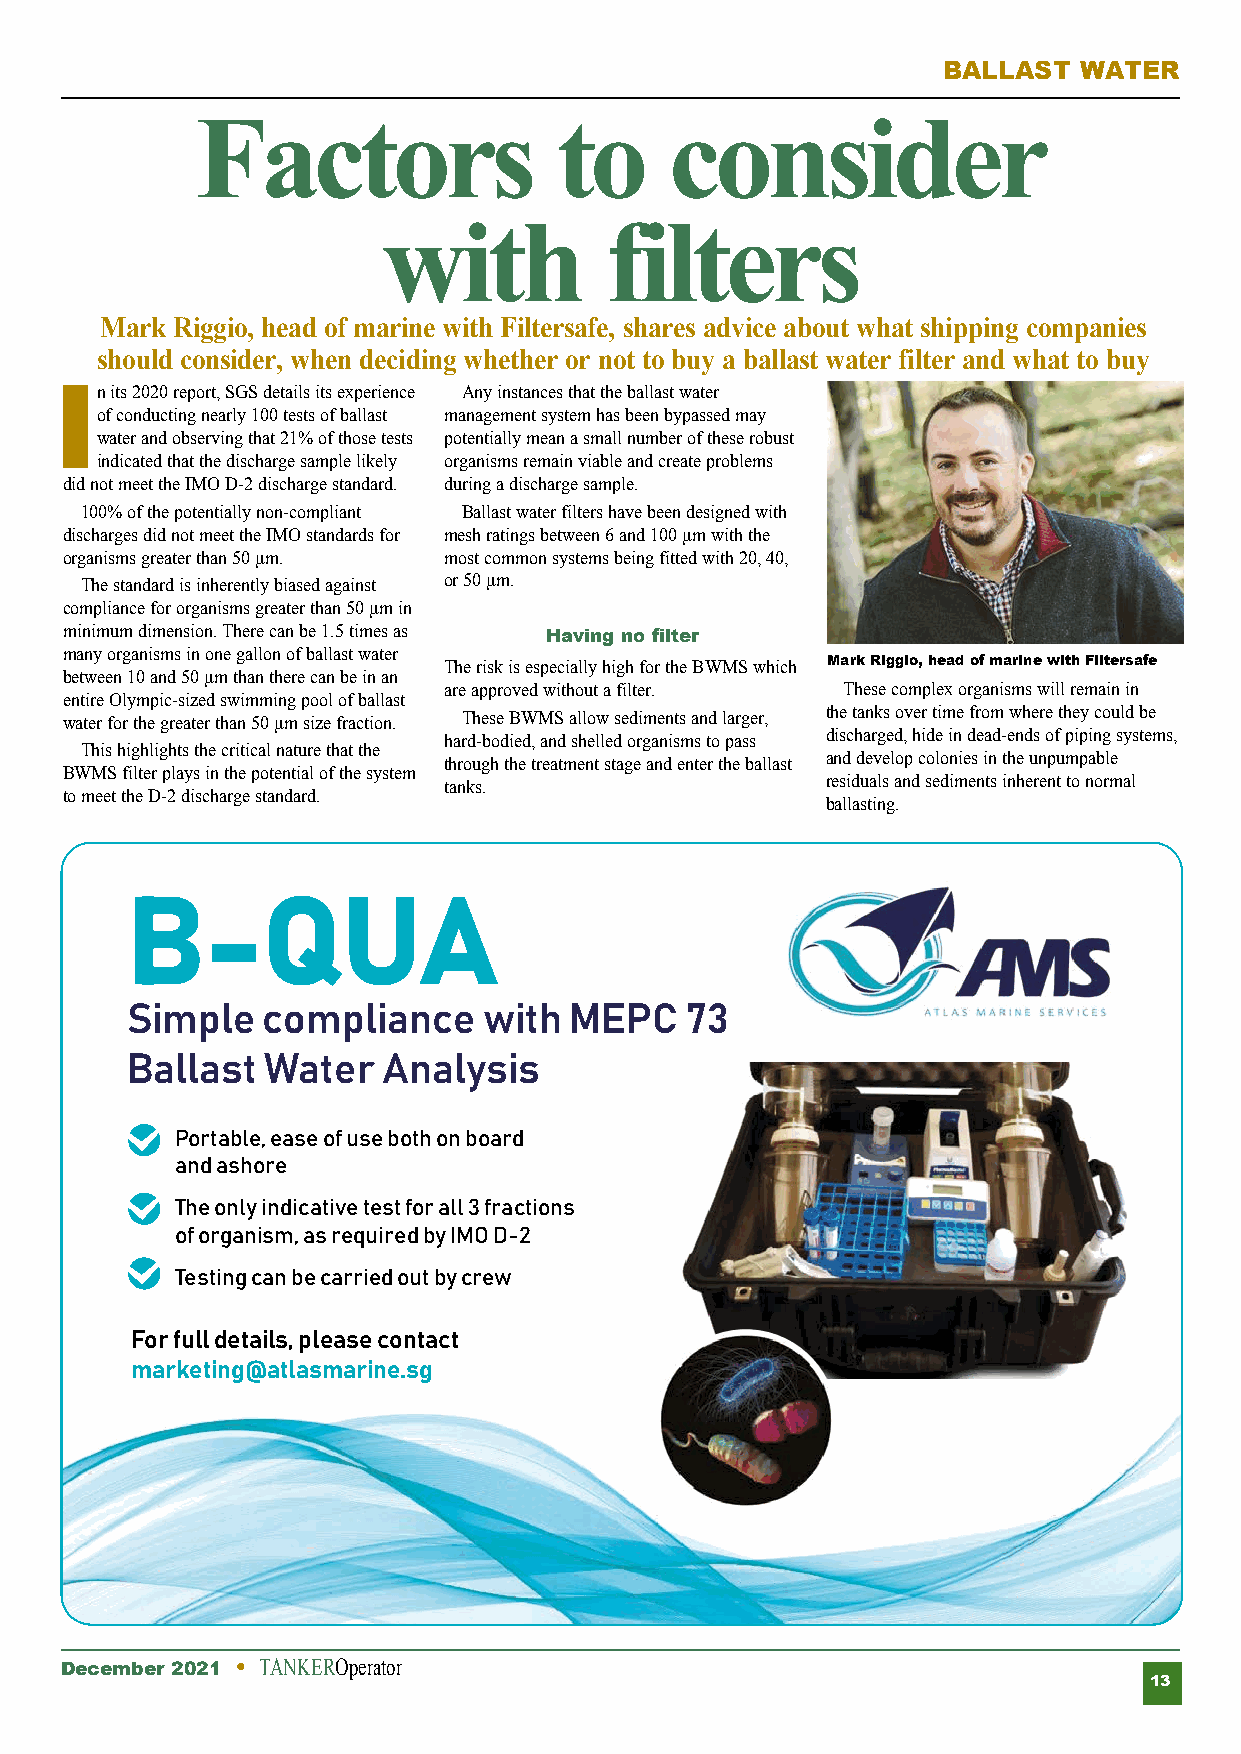
BALLAST  WATER
 Factors                 to     consider
 with           filters
 Mark Riggio, head of marine with Filtersafe, shares advice about what shipping companies
 should consider, when deciding whether or not to buy a ballast water filter and what to buy
 In its 2020 report, SGS details its experience Any instances that the ballast water
 of conducting nearly 100 tests of ballast management system has been bypassed may
 water and observing that 21% of those tests potentially mean a small number of these robust
 indicated that the discharge sample likely organisms remain viable and create problems
 did not meet the IMO D-2 discharge standard. during a discharge sample.
 100% of the potentially non-compliant Ballast water filters have been designed with
 discharges did not meet the IMO standards for mesh ratings between 6 and 100 μm with the
 organisms greater than 50 μm. most common systems being fitted with 20, 40,
 The standard is inherently biased against or 50 μm.
 compliance for organisms greater than 50 μm in
 minimum dimension. There can be 1.5 times as Having no filter
 many organisms in one gallon of ballast water
 The risk is especially high for the BWMS which Mark Riggio, head of marine with Filtersafe
 between 10 and 50 μm than there can be in an
 are approved without a filter. These complex organisms will remain in
 entire Olympic-sized swimming pool of ballast
 water for the greater than 50 μm size fraction. These BWMS allow sediments and larger, the tanks over time from where they could be
 hard-bodied, and shelled organisms to pass discharged, hide in dead-ends of piping systems,
 This highlights the critical nature that the
 through the treatment stage and enter the ballast and develop colonies in the unpumpable
 BWMS filter plays in the potential of the system
 tanks.                    residuals and sediments inherent to normal
 to meet the D-2 discharge standard.
 ballasting.
 B-QUA
 Simple   compliance     with  MEPC   73
 Ballast  Water   Analysis
 Portable, ease of use both on board
 and ashore
 The only indicative test for all 3 fractions
 of organism, as required by IMO D-2
 Testing can be carried out by crew
 For full details, please contact
 marketing@atlasmarine.sg
 December 2021 l TANKEROperator
 13